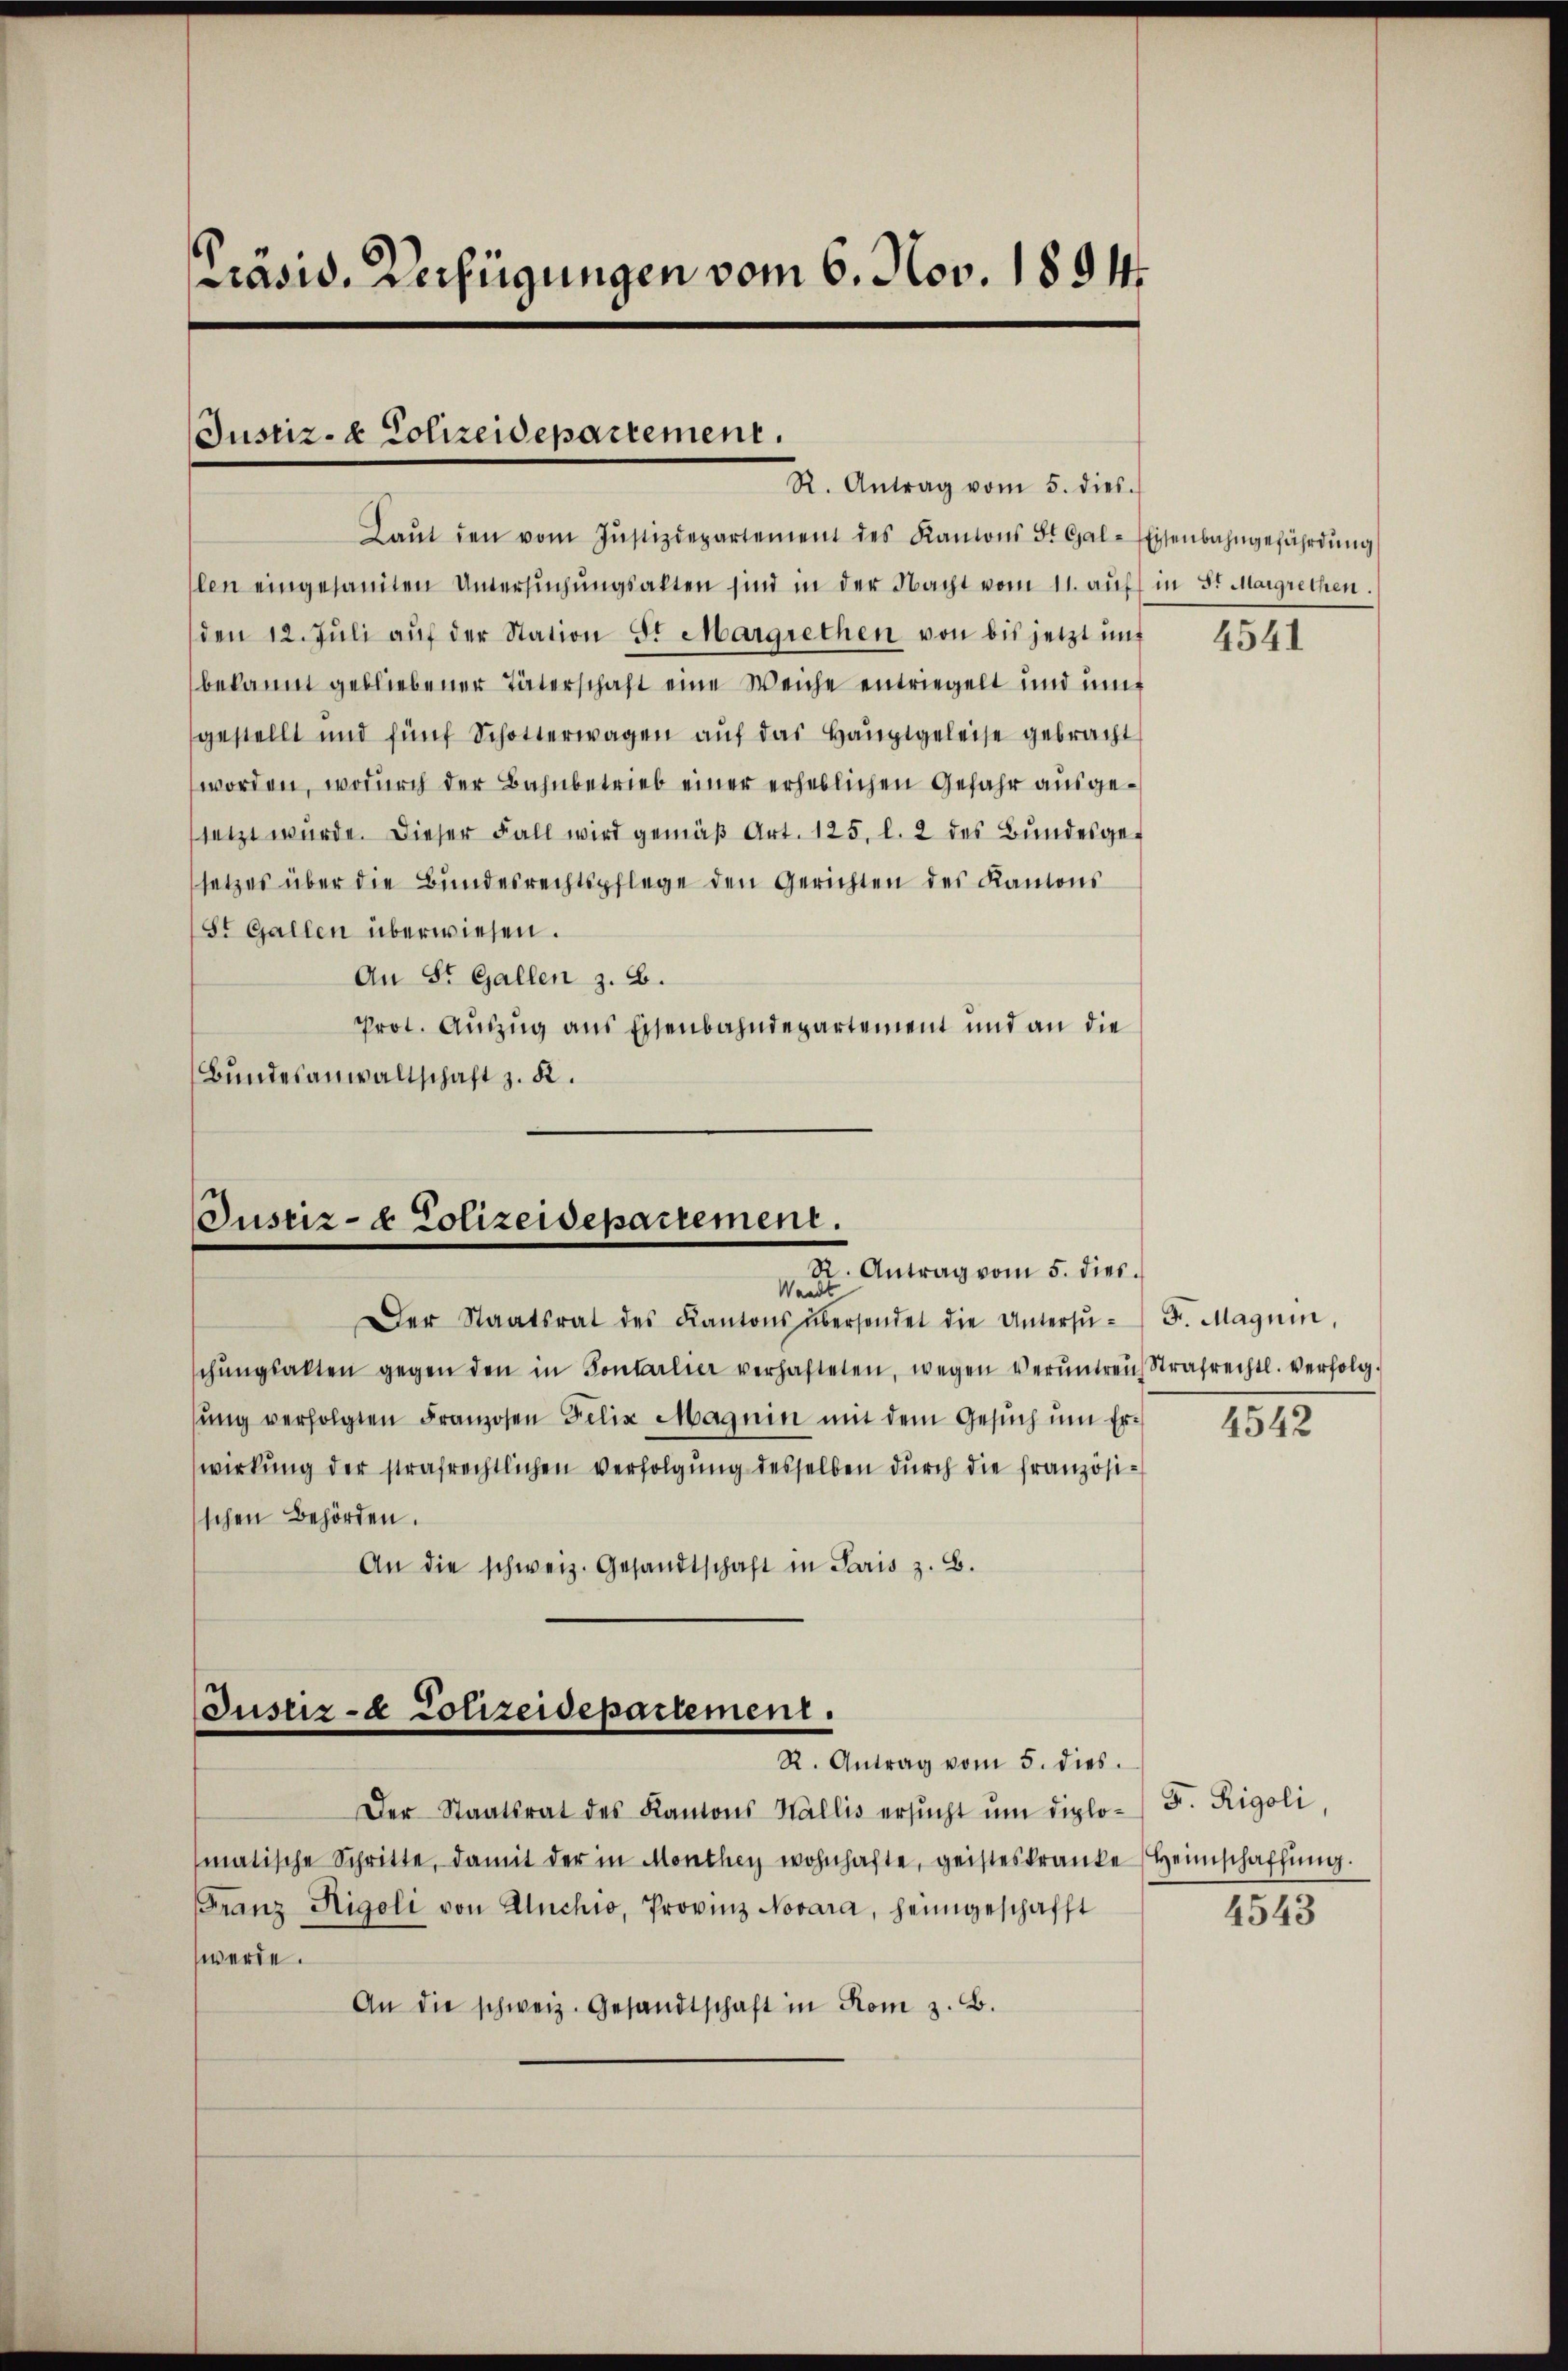
Präsid. Verfügungen vom 6. Nov. 1894.

Justiz- & Polizeidepartement.
R. Antrag vom 5. dies

Laŭt den vom Jŭstizdepartement des Kantons St. Gal-Eisenbahngefährdŭng
llen eingesamten Untersuchungsakten sind in der Nacht vom 11. auf in St. Margrethen.
den 12. Jŭli aŭf der Station Sr Margrethen von bis jetzt unt
bekannt gebliebener Täterschaft eine Weiche entriegelt und unt
gestellt und fünf Schotterwagen aŭf das Hauptgeleise gebracht
worden, wodurch der Bahnbetrieb einer erheblichen Gefahr ausgesetzt würde. Dieser Fall wird gemäβ Art. 125. l. 2 des Bŭndesge-
setzes über die Bundesrechtspflege den Gerichten des Kantons
St. Gallen überwiesen.
An St. Gallen z. B.
Prot. Auszug aus Eisenbahndepartement und an die
Bundesanwaltschaft z. K.

Justiz- & Polizeidepartement.
R. Antrag vom 5. dies.
Waadt

Der Staatsrat des Kantons übersendet die Untersŭ- F. Magnin,
schŭngsakten gegen den in Fontarlier verhafteten, wegen Verŭnteren Strafrechtl. verfolg-
sŭng verfolgten Franzosen Felix Magnin mit dem Gesŭch ŭm Erwirkung der strafrechtlichen verfolgung desselben durch die französisschen Behörden.
An die schweiz. Gesandtschaft in Paris z. B.

Justiz- & Polizeidepartement.
R. Antrag vom 5. dies.

Der Staatsrat des Kantons Wallis ersŭcht ŭm diplo- B. Rigoli,
matische Schritte, damit der in Monthey wohnhafte, geisteskranke Heimschaffŭng.
Franz Rigoli von Unchio, Provinz Novara, heimgeschafft
werde.
An die schweiz. Gesandtschaft in Rom z. B.

4541

4542

4543